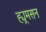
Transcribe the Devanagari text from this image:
ह्यूमसन